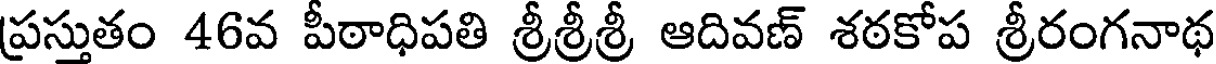
ప్రస్తుతం 46వ పీఠాధిపతి శ్రీశ్రీశ్రీ ఆదివణ్ శఠకోప శ్రీరంగనాథ